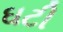
ઘટી